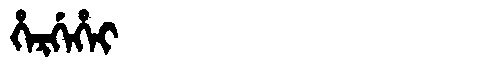
Manchu: ᡥᡝᡵᡤᡝᡥᡝᡳ
Romanization: HERGEHEI